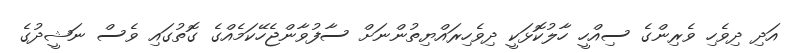
އަދި ދިވެހި ވެރިންގެ ސިއްހީ ހާލުކޮޅަކީ ދިވެހިރައްޔިތުންނަށް ސާފުވާންޖެހޭކަމެއްގެ ގޮތުގައި ވެސް ނަޝީދުގެ